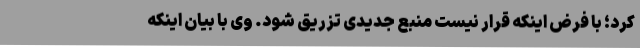
کرد؛ با فرض اینکه قرار نیست منبع جدیدی تزریق شود. وی با بیان اینکه